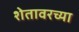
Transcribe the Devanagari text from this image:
शेतावरच्या